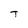
Character: T